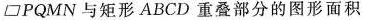
▱PQMN与矩形ABCD重叠部分的图形面积